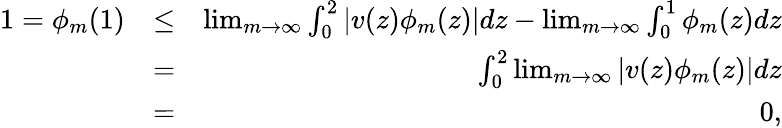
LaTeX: \begin{array}{rlr}{1=\phi_{m}(1)}&{\le}&{\operatorname*{lim}_{m\to\infty}\int_{0}^{2}|v(z)\phi_{m}(z)|dz-\operatorname*{lim}_{m\to\infty}\int_{0}^{1}\phi_{m}(z)dz}\\ &{=}&{\int_{0}^{2}\operatorname*{lim}_{m\to\infty}|v(z)\phi_{m}(z)|dz}\\ &{=}&{0,}\end{array}